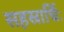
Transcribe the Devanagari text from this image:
सहस्रार्चिः